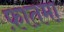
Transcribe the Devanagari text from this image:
फ़ातमा